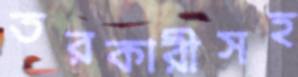
তরকারীসহ